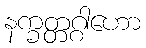
နက္ခတ္တဂ္ဂါဟော